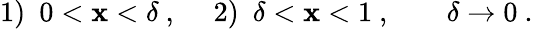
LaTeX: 1)\ \ 0<\mathbf{x}<\delta~,\ \ \ \ \ 2)\ \ \delta<\mathbf{x}<1~,\; \; \; \; \; \; \; \delta\rightarrow0~.